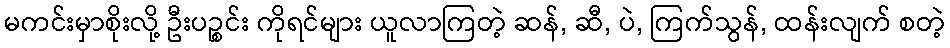
မကင်းမှာစိုးလို့ ဦးပဉ္စင်း ကိုရင်များ ယူလာကြတဲ့ ဆန်, ဆီ, ပဲ, ကြက်သွန်, ထန်းလျက် စတဲ့